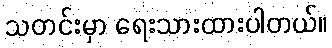
သတင်းမှာ ရေးသားထားပါတယ်။